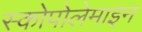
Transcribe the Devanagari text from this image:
स्कोपोलेमाइन